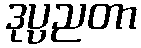
ဒုပ္ပညတာ